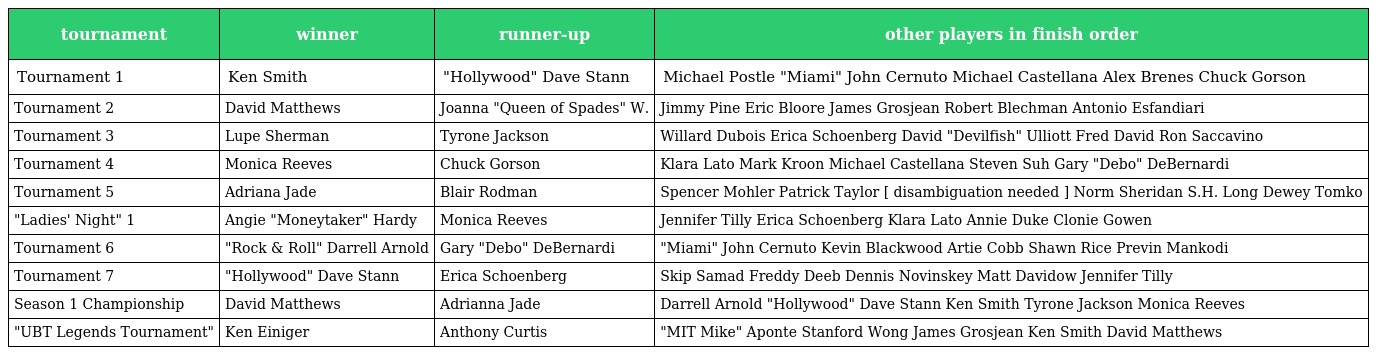
| tournament | winner | runner-up | other players in finish order |
 | --- | --- | --- | --- |
 | Tournament 1 | Ken Smith | "Hollywood" Dave Stann | Michael Postle "Miami" John Cernuto Michael Castellana Alex Brenes Chuck Gorson |
 | Tournament 2 | David Matthews | Joanna "Queen of Spades" W. | Jimmy Pine Eric Bloore James Grosjean Robert Blechman Antonio Esfandiari |
 | Tournament 3 | Lupe Sherman | Tyrone Jackson | Willard Dubois Erica Schoenberg David "Devilfish" Ulliott Fred David Ron Saccavino |
 | Tournament 4 | Monica Reeves | Chuck Gorson | Klara Lato Mark Kroon Michael Castellana Steven Suh Gary "Debo" DeBernardi |
 | Tournament 5 | Adriana Jade | Blair Rodman | Spencer Mohler Patrick Taylor [ disambiguation needed ] Norm Sheridan S.H. Long Dewey Tomko |
 | "Ladies' Night" 1 | Angie "Moneytaker" Hardy | Monica Reeves | Jennifer Tilly Erica Schoenberg Klara Lato Annie Duke Clonie Gowen |
 | Tournament 6 | "Rock & Roll" Darrell Arnold | Gary "Debo" DeBernardi | "Miami" John Cernuto Kevin Blackwood Artie Cobb Shawn Rice Previn Mankodi |
 | Tournament 7 | "Hollywood" Dave Stann | Erica Schoenberg | Skip Samad Freddy Deeb Dennis Novinskey Matt Davidow Jennifer Tilly |
 | Season 1 Championship | David Matthews | Adrianna Jade | Darrell Arnold "Hollywood" Dave Stann Ken Smith Tyrone Jackson Monica Reeves |
 | "UBT Legends Tournament" | Ken Einiger | Anthony Curtis | "MIT Mike" Aponte Stanford Wong James Grosjean Ken Smith David Matthews |